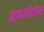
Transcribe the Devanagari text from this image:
आबजर्वेशंस